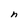
Character: n